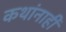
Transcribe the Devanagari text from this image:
कथांनाही